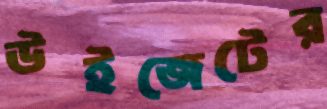
উইজেটের